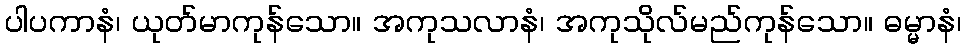
ပါပကာနံ၊ ယုတ်မာကုန်သော။ အကုသလာနံ၊ အကုသိုလ်မည်ကုန်သော။ ဓမ္မာနံ၊